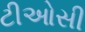
ટીઓસી